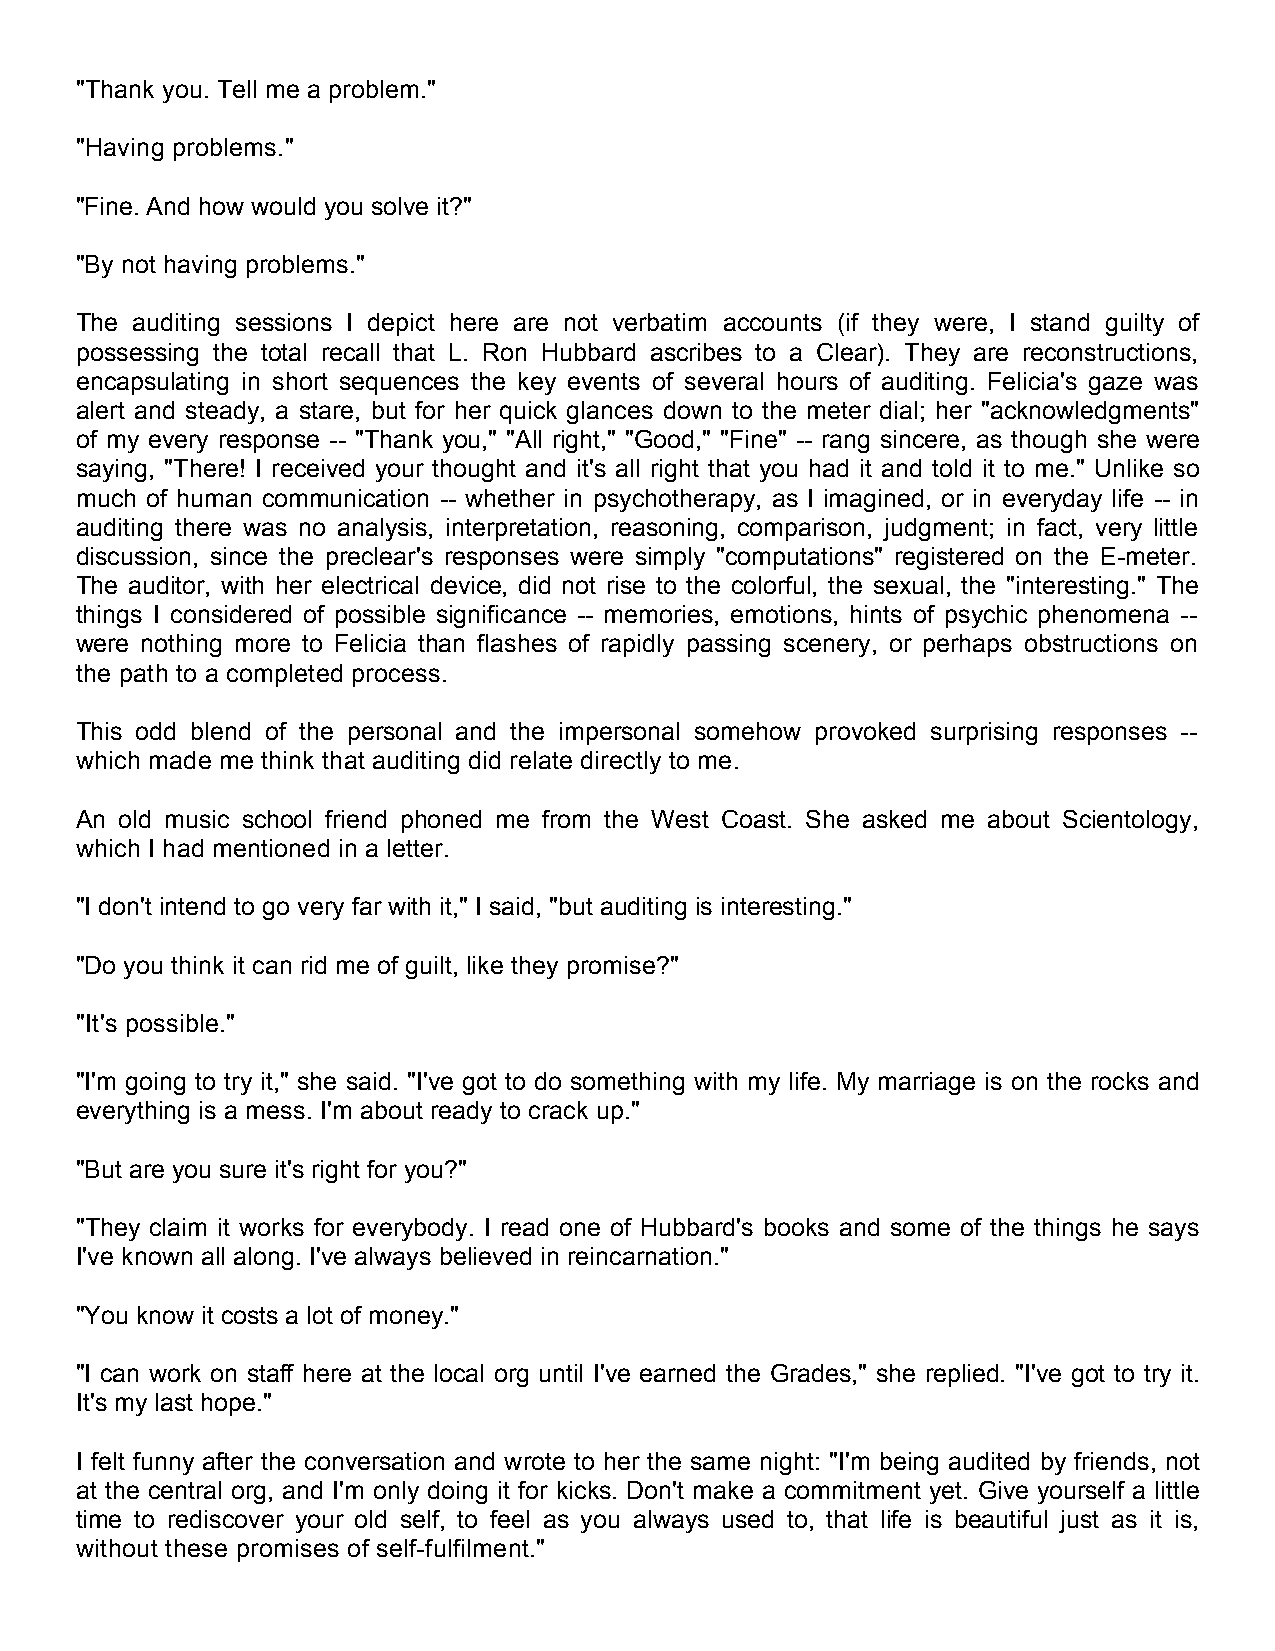
"Thank you. Tell me a problem."
 "Having problems."
 "Fine. And how would you solve it?"
 "By not having problems."
 The auditing sessions I depict here are not verbatim accounts (if they were, I stand guilty of
 possessing the total recall that L. Ron Hubbard ascribes to a Clear). They are reconstructions,
 encapsulating in short sequences the key events of several hours of auditing. Felicia's gaze was
 alert and steady, a stare, but for her quick glances down to the meter dial; her "acknowledgments"
 of my every response -- "Thank you," "All right," "Good," "Fine" -- rang sincere, as though she were
 saying, "There! I received your thought and it's all right that you had it and told it to me." Unlike so
 much of human communication -- whether in psychotherapy, as I imagined, or in everyday life -- in
 auditing there was no analysis, interpretation, reasoning, comparison, judgment; in fact, very little
 discussion, since the preclear's responses were simply "computations" registered on the E-meter.
 The auditor, with her electrical device, did not rise to the colorful, the sexual, the "interesting." The
 things I considered of possible significance -- memories, emotions, hints of psychic phenomena --
 were nothing more to Felicia than flashes of rapidly passing scenery, or perhaps obstructions on
 the path to a completed process.
 This odd blend of the personal and the impersonal somehow provoked surprising responses --
 which made me think that auditing did relate directly to me.
 An old music school friend phoned me from the West Coast. She asked me about Scientology,
 which I had mentioned in a letter.
 "I don't intend to go very far with it," I said, "but auditing is interesting."
 "Do you think it can rid me of guilt, like they promise?"
 "It's possible."
 "I'm going to try it," she said. "I've got to do something with my life. My marriage is on the rocks and
 everything is a mess. I'm about ready to crack up."
 "But are you sure it's right for you?"
 "They claim it works for everybody. I read one of Hubbard's books and some of the things he says
 I've known all along. I've always believed in reincarnation."
 "You know it costs a lot of money."
 "I can work on staff here at the local org until I've earned the Grades," she replied. "I've got to try it.
 It's my last hope."
 I felt funny after the conversation and wrote to her the same night: "I'm being audited by friends, not
 at the central org, and I'm only doing it for kicks. Don't make a commitment yet. Give yourself a little
 time to rediscover your old self, to feel as you always used to, that life is beautiful just as it is,
 without these promises of self-fulfilment."